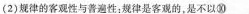
(2)规律的客观性与普遍性：规律是客观的，是不以⑩___